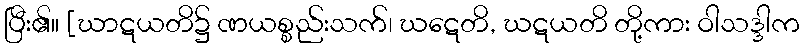
ပြီး၏။ [ဃာဋယတိ၌ ဏယစ္စည်းသက်၊ ဃဋေတိ, ဃဋယတိ တို့ကား ဝါသဒ္ဒါက